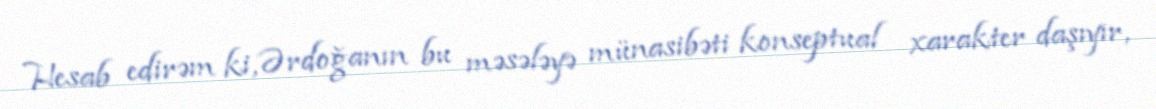
Hesab edirəm ki, Ərdoğanın bu məsələyə münasibəti konseptual xarakter daşıyır,